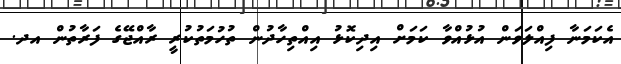
އެކަމަނާ ފިއްލަވަން އުޅުއްވާ ކަމަށް އިދިކޮޅު އިއްތިހާދުން ތުހުމަތުކުރީ ރާއްޖޭގެ ފަރާތުން އދ.